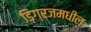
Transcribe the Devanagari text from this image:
डिग्रजमधील